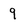
Character: 9